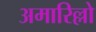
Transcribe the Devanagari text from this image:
अमारिल्लो